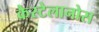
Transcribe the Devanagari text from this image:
कैस्टेलानोस